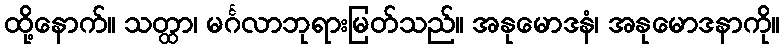
ထို့နောက်။ သတ္ထာ၊ မင်္ဂလာဘုရားမြတ်သည်။ အနုမောဒနံ၊ အနုမောဒနာကို။